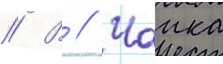
// В // Чаика